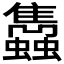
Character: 𧕲